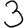
Digit: 3